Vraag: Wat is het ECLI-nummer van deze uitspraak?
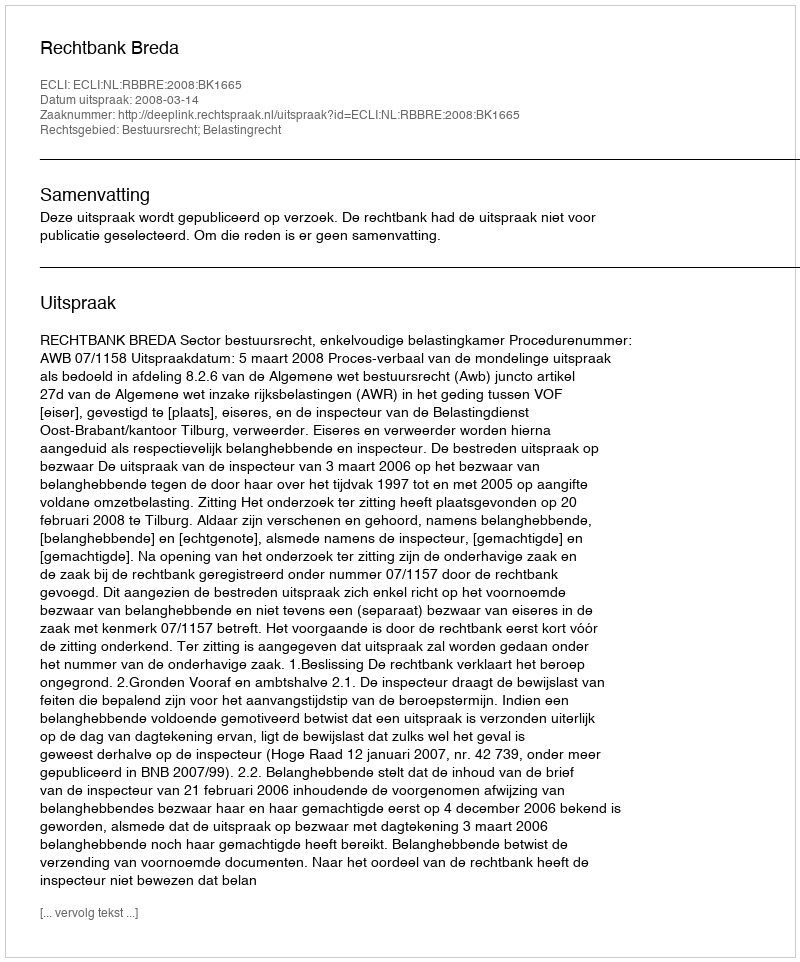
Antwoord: ECLI:NL:RBBRE:2008:BK1665